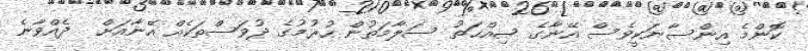
ކޮންމެ އިންސާނަކީވެސް އޭނާގެ ޞިއްޙަތު ސަލާމަތުން ހުރުމުގެ ދުވަސްތަކެއް އޭނާއަށް  ދެއްވާނެ